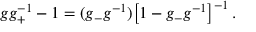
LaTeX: g g _ { + } ^ { - 1 } - 1 = ( g _ { - } g ^ { - 1 } ) \bigl [ 1 - g _ { - } g ^ { - 1 } \bigr ] ^ { - 1 } \, .